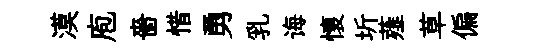
漠庖嗇惜勇乳诲懷圻薤草偏